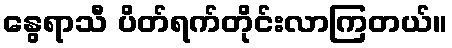
နွေရာသီ ပိတ်ရက်တိုင်းလာကြတယ်။